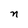
Character: n